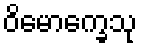
ဝိမောက္ခေသု